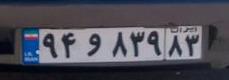
۹۴و۸۳۹۸۳